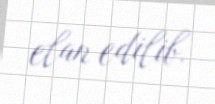
elan edilib.